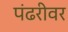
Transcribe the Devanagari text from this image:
पंढरीवर